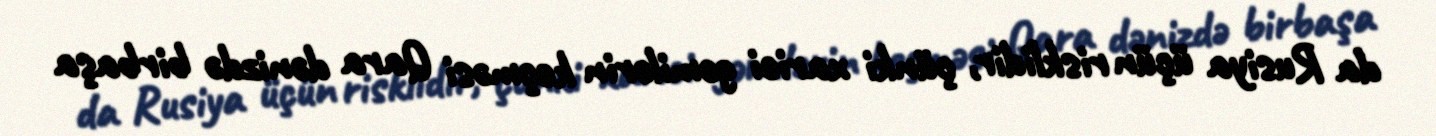
da Rusiya üçün risklidir, çünki xarici gəmilərin keçməsi Qara dənizdə birbaşa